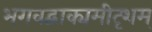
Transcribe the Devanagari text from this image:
भगवद्वाक्यमीदृशम्